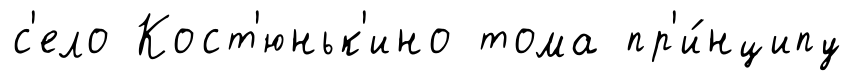
с'ело Кост'юньк'ино тома пр'и́нципу